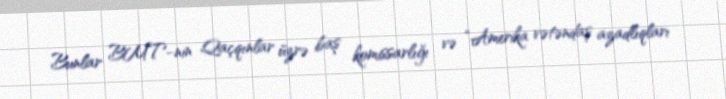
Bunlar BMT-nin Qaçqınlar üzrə baş komissarlığı və “Amerika vətəndaş azadlıqları